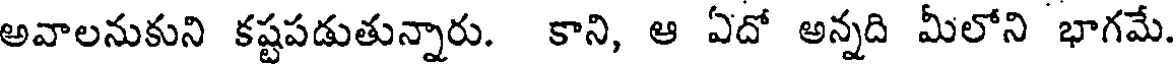
అవాలనుకుని కష్టపడుతున్నారు. కాని, ఆ ఏదో అన్నది మీలోని భాగమే.